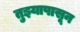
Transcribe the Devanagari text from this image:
तुझ्यापासून